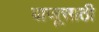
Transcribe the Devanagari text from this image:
बाजूसाठी